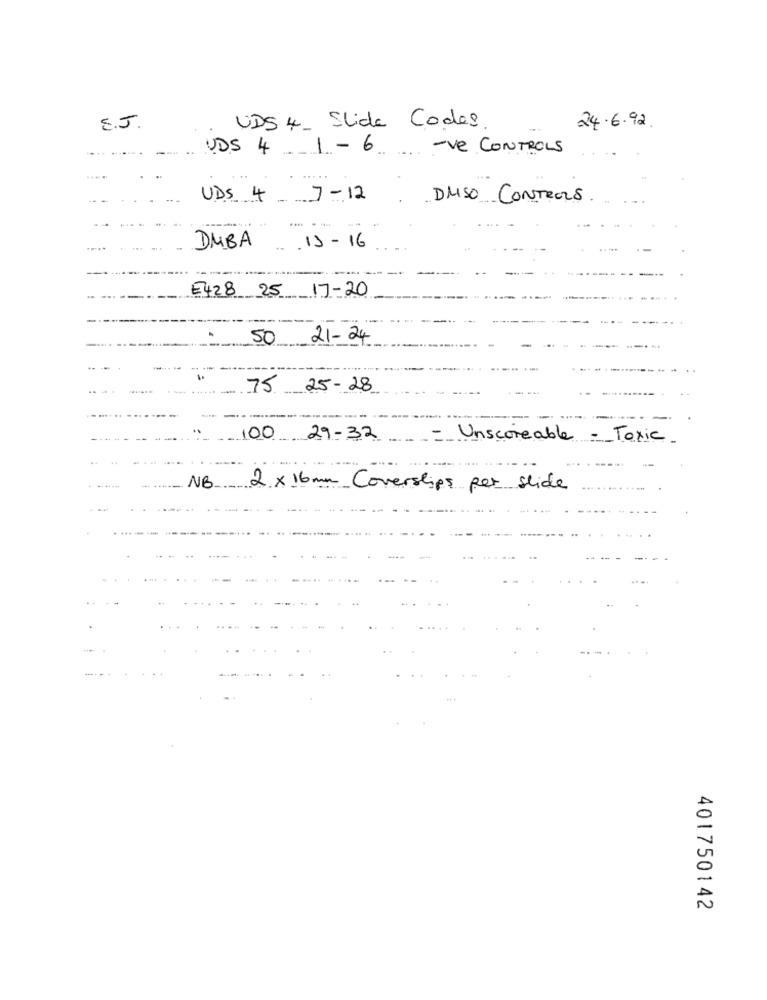
E.J.
UDS 4- Slide Codes
24.6.92.
UDS 4. 1-6
-ve CONTROLS
.. .
UDS 4 - 7 - 12
DMSO CONTROLS
....
DMBA
... 13 -16
E428 25 17-20
50 21-24
.- ---- -
75 25- 28
100 29-32
-Unscoreable - Toxic
NB
---
2 × 16mm Coverslips per slide
. ...
.
401750142